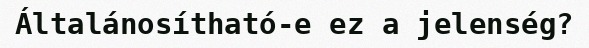
Általánosítható-e ez a jelenség?